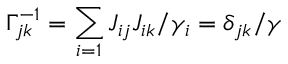
\Gamma _ { j k } ^ { - 1 } = \sum _ { i = 1 } J _ { i j } J _ { i k } / \gamma _ { i } = \delta _ { j k } / \gamma